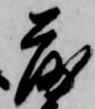
落